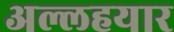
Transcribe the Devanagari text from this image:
अल्लहयार